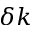
\delta k